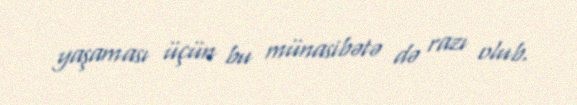
yaşaması üçün bu münasibətə də razı olub.